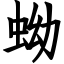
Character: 蚴